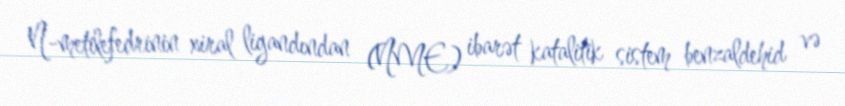
N-metilefedrinin xiral ligandından (NME) ibarət katalitik sistem benzaldehid və